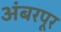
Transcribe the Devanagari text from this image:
अंबरपूर